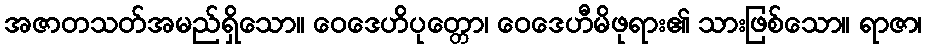
အဇာတသတ်အမည်ရှိသော။ ဝေဒေဟိပုတ္တော၊ ဝေဒေဟီမိဖုရား၏ သားဖြစ်သော။ ရာဇာ၊